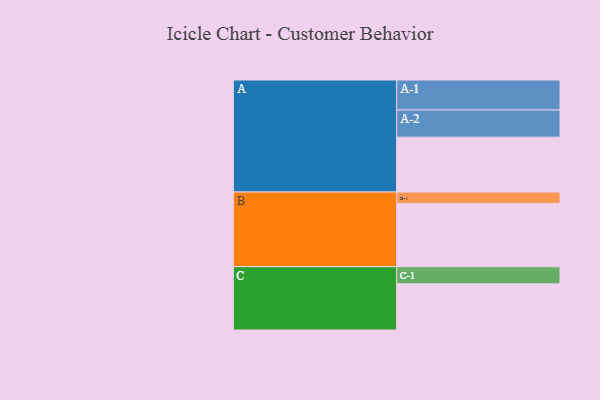
{"axis": {"x": "Segment", "y": "Value"}, "legend": ["", "A", "B", "C"], "data": [{"x": "A", "y": 477, "type": ""}, {"x": "B", "y": 549, "type": ""}, {"x": "C", "y": 402, "type": ""}, {"x": "A-1", "y": 261, "type": "A"}, {"x": "A-2", "y": 237, "type": "A"}, {"x": "B-1", "y": 101, "type": "B"}, {"x": "C-1", "y": 149, "type": "C"}]}